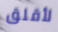
لأقلق